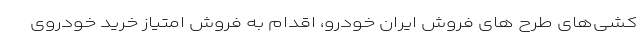
کشی‌های طرح های فروش ایران خودرو، اقدام به فروش امتیاز خرید خودروی